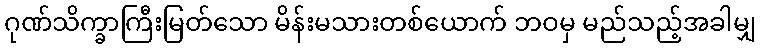
ဂုဏ်သိက္ခာကြီးမြတ်သော မိန်းမသားတစ်ယောက် ဘဝမှ မည်သည့်အခါမျှ